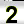
Digit: 2